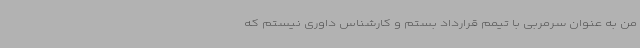
من به عنوان سرمربی با تیمم قرارداد بستم و کارشناس داوری نیستم که